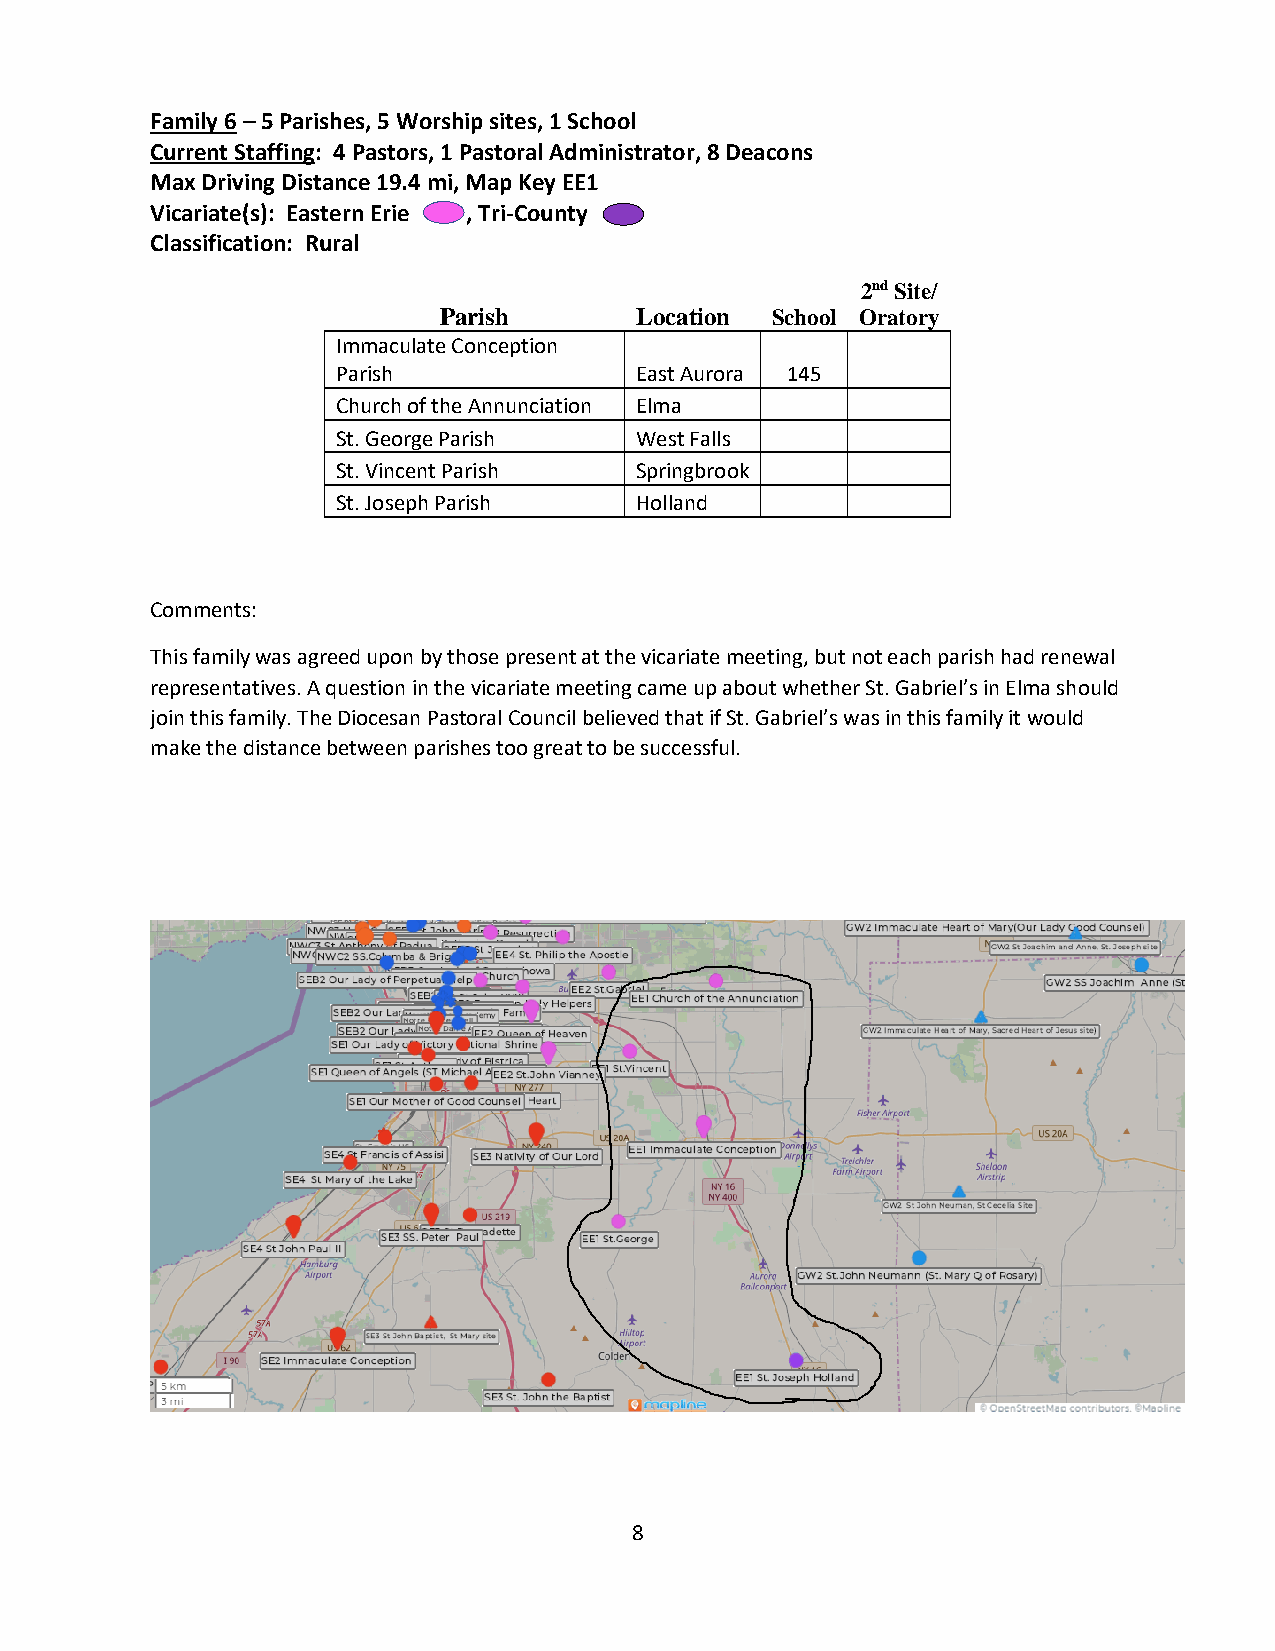
Family 6 – 5 Parishes, 5 Worship sites, 1 School
 Current Staffing: 4 Pastors, 1 Pastoral Administrator, 8 Deacons
 Max Driving Distance 19.4 mi, Map Key EE1
 Vicariate(s): Eastern Erie , Tri-County
 Classification: Rural
 2nd Site/
 Parish       Location School Oratory
 Immaculate Conception
 Parish              East Aurora 145
 Church of the Annunciation Elma
 St. George Parish   West Falls
 St. Vincent Parish  Springbrook
 St. Joseph Parish   Holland
 Comments:
 This family was agreed upon by those present at the vicariate meeting, but not each parish had renewal
 representatives. A question in the vicariate meeting came up about whether St. Gabriel’s in Elma should
 join this family. The Diocesan Pastoral Council believed that if St. Gabriel’s was in this family it would
 make the distance between parishes too great to be successful.
 8